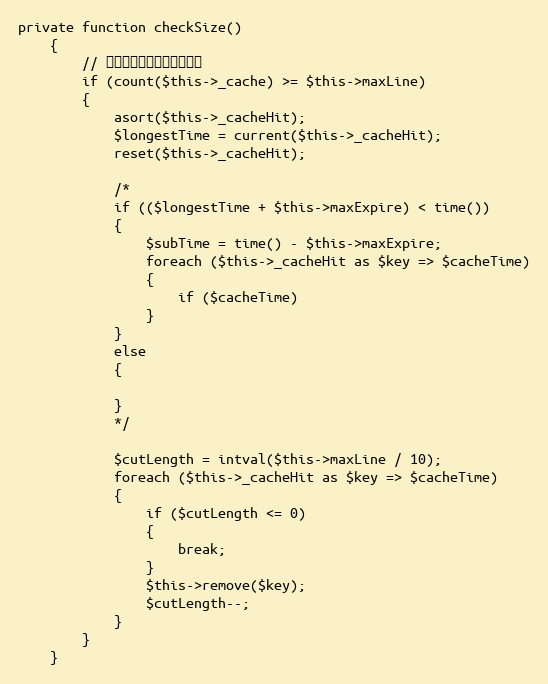
Language: PHP
private function checkSize()
    {
        // 到达缓存记录数的警戒线啦
        if (count($this->_cache) >= $this->maxLine)
        {
            asort($this->_cacheHit);
            $longestTime = current($this->_cacheHit);
            reset($this->_cacheHit);

            /*
            if (($longestTime + $this->maxExpire) < time())
            {
                $subTime = time() - $this->maxExpire;
                foreach ($this->_cacheHit as $key => $cacheTime)
                {
                    if ($cacheTime)
                }
            }
            else
            {

            }
            */

            $cutLength = intval($this->maxLine / 10);
            foreach ($this->_cacheHit as $key => $cacheTime)
            {
                if ($cutLength <= 0)
                {
                    break;
                }
                $this->remove($key);
                $cutLength--;
            }
        }
    }